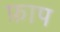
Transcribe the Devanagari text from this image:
फ्राप